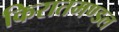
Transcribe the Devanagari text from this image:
किरातमण्डल